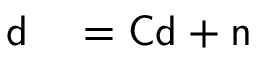
\begin{array} { r l } { { \mathsf d } } & { { } = { \mathsf C } { \mathsf d } + { \mathsf n } } \end{array}